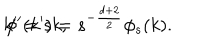
k ^ { \prime } = s k , \hspace { 1 . 0 c m } \phi ^ { \prime } ( k ^ { \prime } ) = s ^ { - \frac { d + 2 } { 2 } } \phi _ { s } ( k ) .